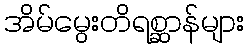
အိမ်မွေးတိရစ္ဆာန်များ